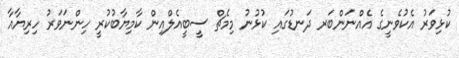
ކުޅިވަރު އެކުވެނީގެ އެއްނަންބަރ ދަނޑުގައި ކުޅުނު މިމެޗް ސީބީއެލްއިން ކާމިޔާބުކުރީ ހިންނަވަރު ހިރިޔާއާ